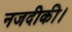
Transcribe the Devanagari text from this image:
नजदीकी।